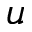
u